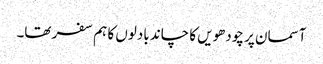
آسمان پر چودھویں کا چاند بادلوں کا ہم سفر تھا۔